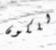
للكون